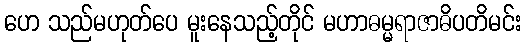
ဟေ သည်မဟုတ်ပေ မူးနေသည့်တိုင် မဟာဓမ္မရာဇာဓိပတိမင်း